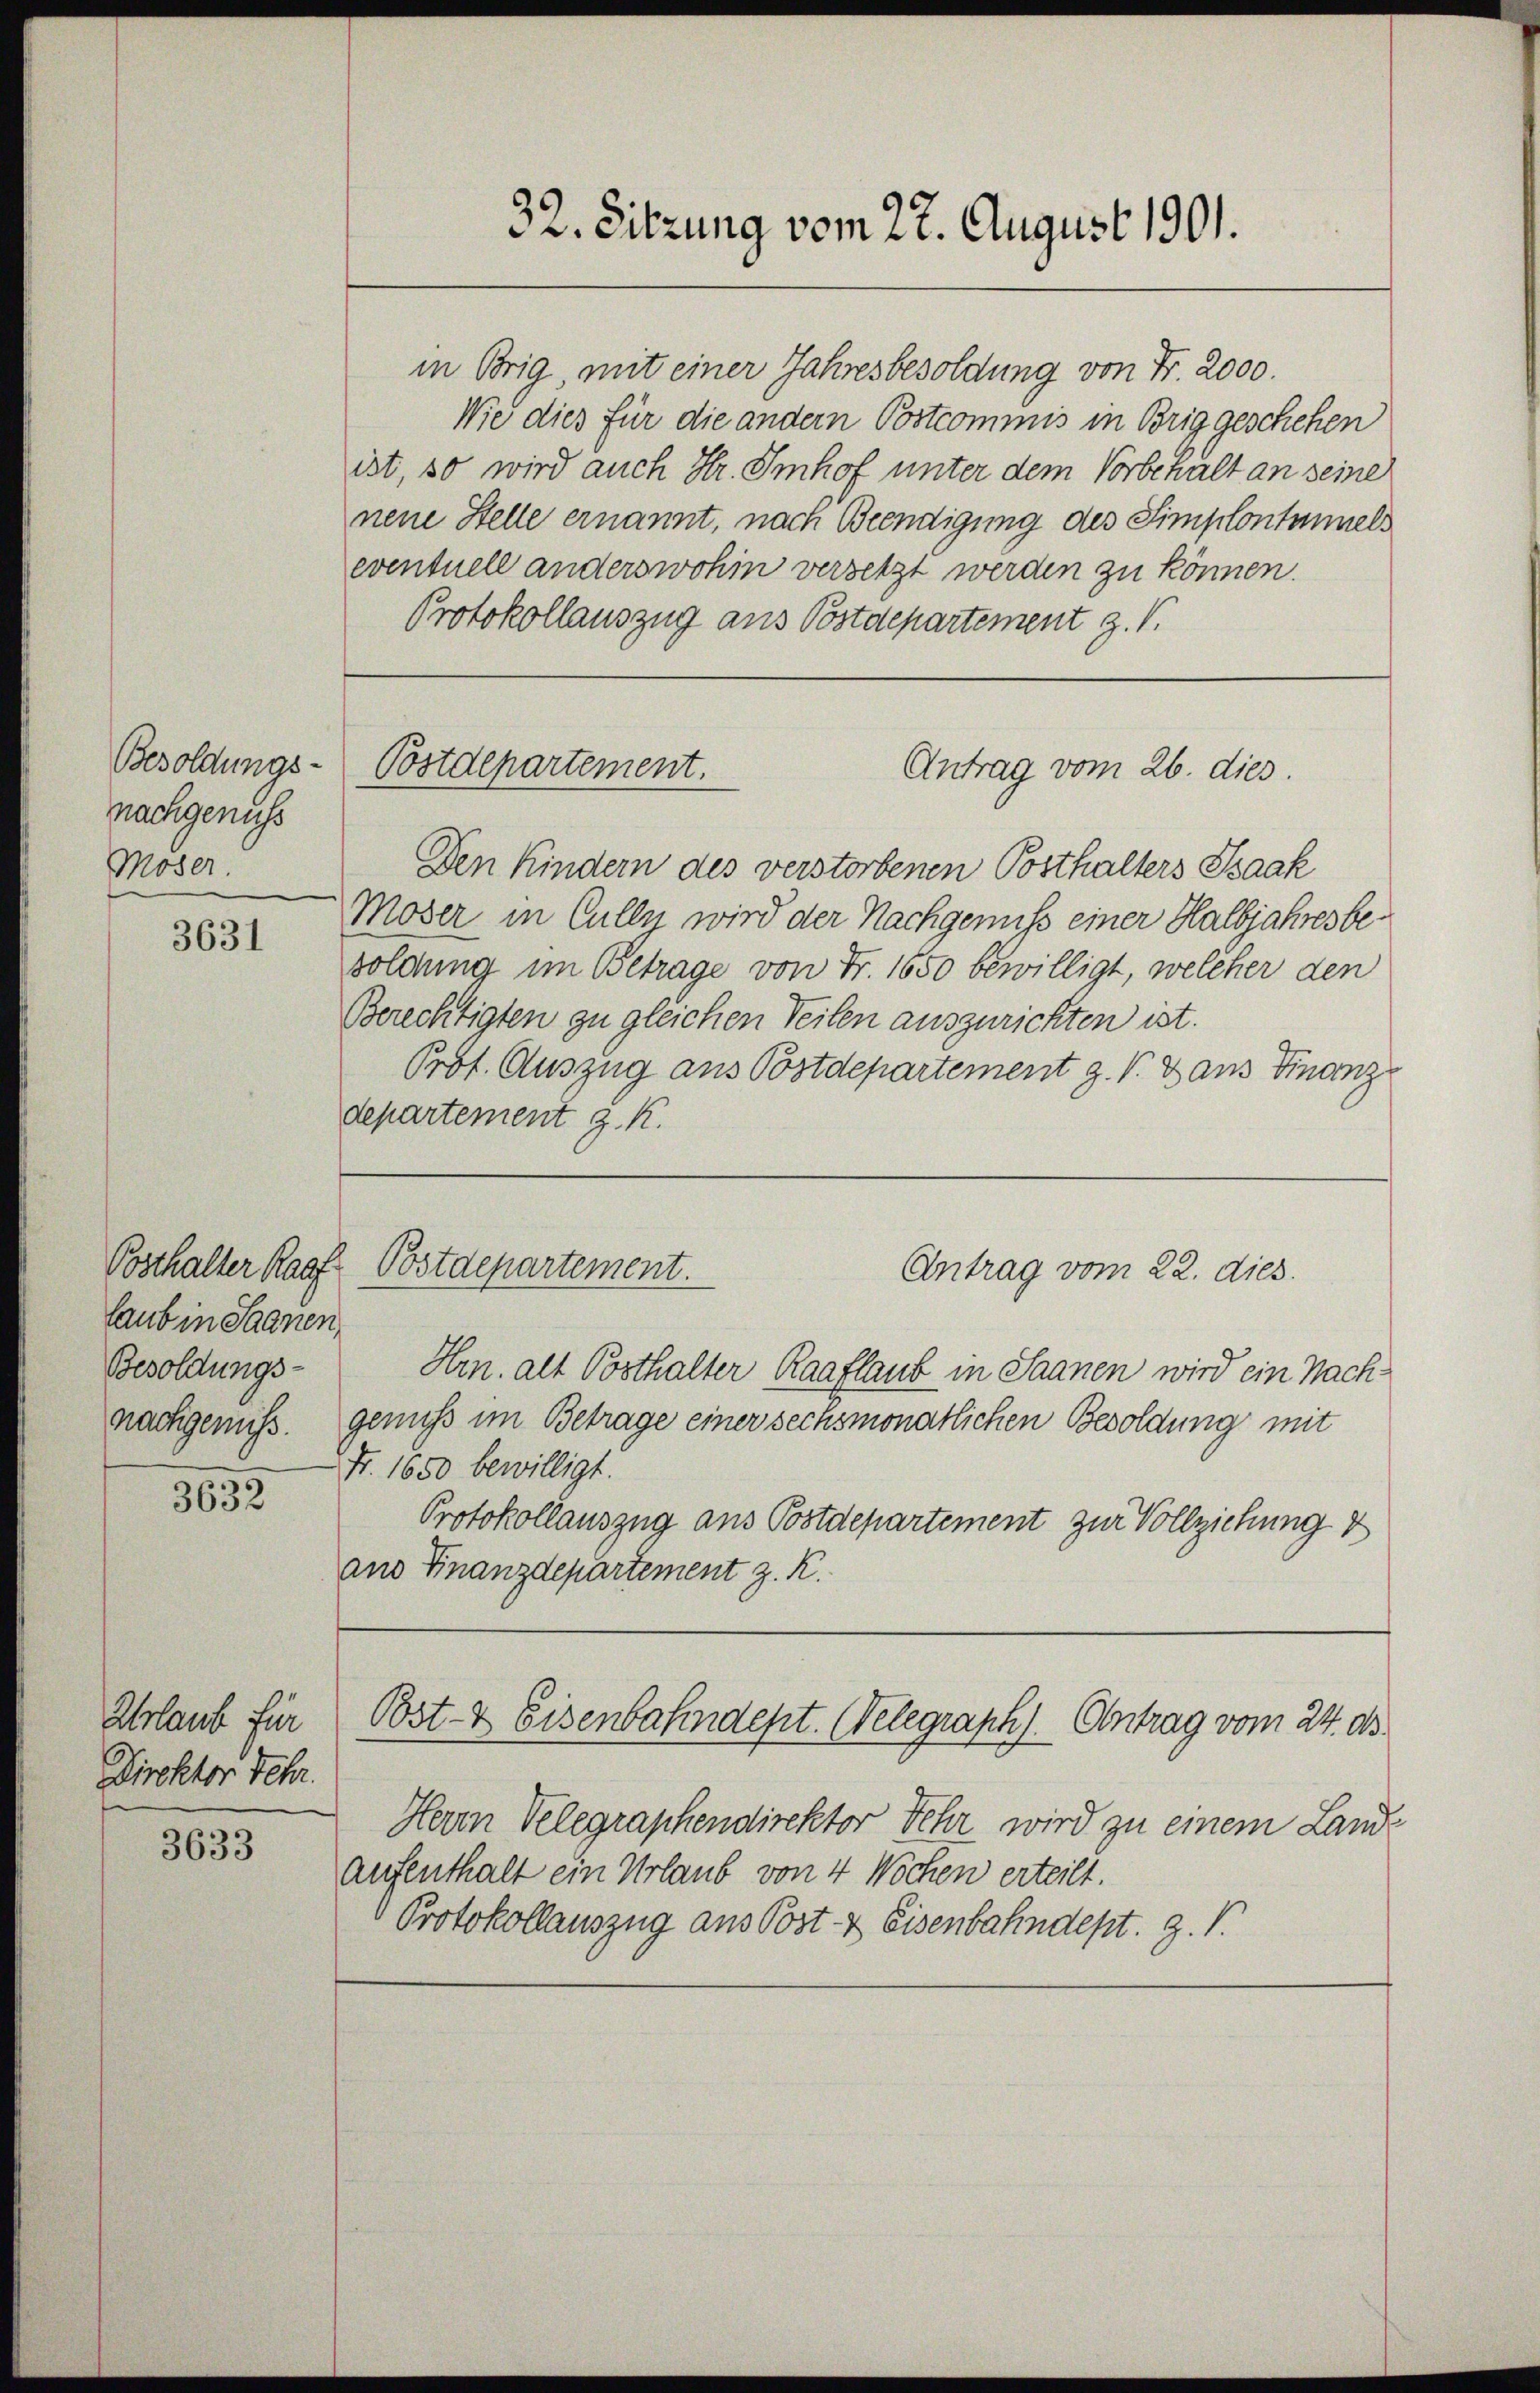
Besoldungs-
nachgenuss
Moser.

3631

Posthalter Raaf
laub in Saanen,
Besoldungs-

3632

Urlaub für
Direktor Fehr.

3633

in Brig, mit einer Jahresbesoldung von Fr. 2000.
Wie dies für die andern Postcommis in Brig geschehen
ist, so wird auch Hr. Imhof unter dem Vorbehalt an seine
nene Stelle ernannt, nach Beendigung des Simplontmmels
eventuell anderswohin versetzt werden zu können.
Protokollauszug aus Postdepartement z. B.

Postdepartement.

Den Kindern des verstorbenen Posthalters Isaak
Moder in Cully wird der Nachgenuss einer Halbjahres besoldung im Betrage von Fr. 1650 bewilligt, welcher den
Berechtigten zu gleichen Teilen auszurichten ist.
Prof. Auszug aus Postdepartement g. V. Dans Finanz
Separtement J. K.
Postdepartement.
Antrag vom 22. dies
Hrn. alt Posthalter Raaflaub in Saanen wird ein Nachnachgemiss. Genuß im Betrage einer sechsmonatlichen Besoldung mit
Fr. 1650 bewilligt.
Protokollauszug aus Postdepartement zur Vollziehung 2
ans Finanzdepartement z. K.

32. Sitzung vom 22. August 1901.

Antrag vom 26. dies

Bst- & Eisenbahndept. Welegraph). Antrag vom 24. ds.

Herrn Velegraphendirektor Fehr wird zu einem Land¬
Aufenthalt ein Urlaub von 4 Wochen erteilt.
Protokollauszug aus Post- & Eisenbahndept. Z. V.